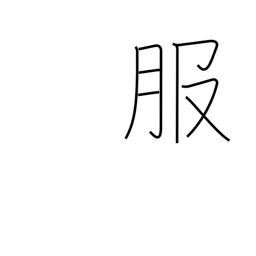
Meaning: clothing